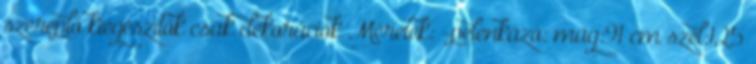
szereplő kiegészítők csak dekorációk Méretek: -pelenkázó: mag:91 cm szél:125